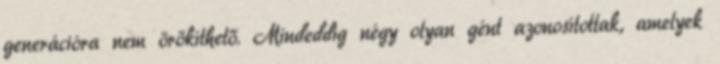
generációra nem örökíthető. Mindeddig négy olyan gént azonosítottak, amelyek